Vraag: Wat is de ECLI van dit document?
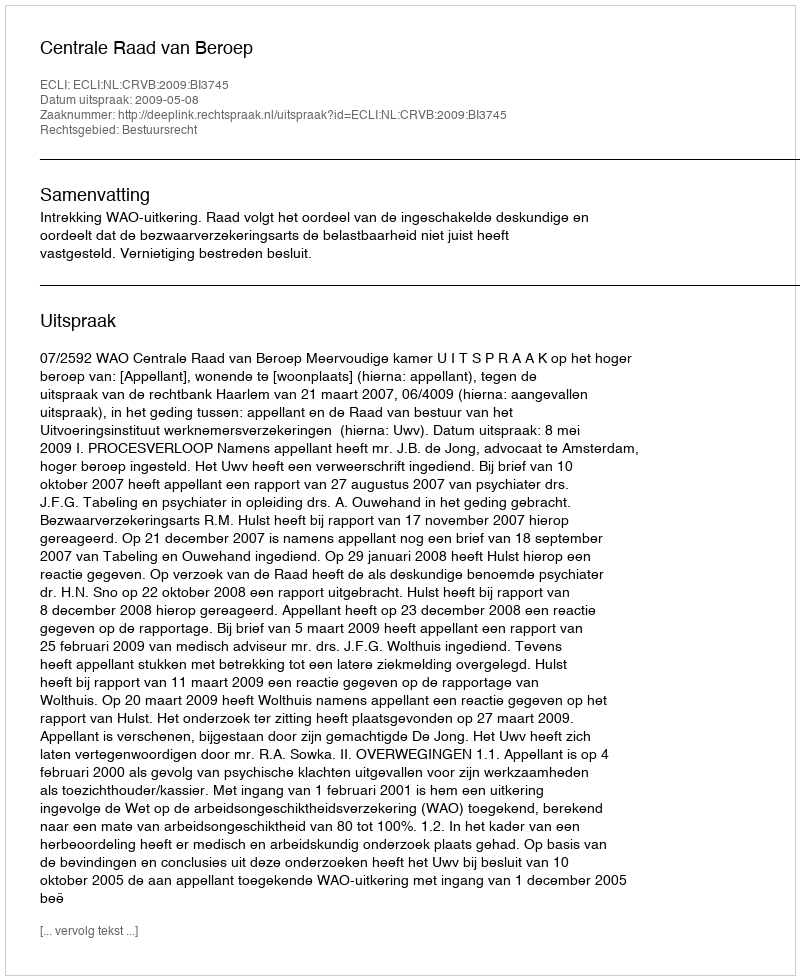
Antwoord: ECLI:NL:CRVB:2009:BI3745